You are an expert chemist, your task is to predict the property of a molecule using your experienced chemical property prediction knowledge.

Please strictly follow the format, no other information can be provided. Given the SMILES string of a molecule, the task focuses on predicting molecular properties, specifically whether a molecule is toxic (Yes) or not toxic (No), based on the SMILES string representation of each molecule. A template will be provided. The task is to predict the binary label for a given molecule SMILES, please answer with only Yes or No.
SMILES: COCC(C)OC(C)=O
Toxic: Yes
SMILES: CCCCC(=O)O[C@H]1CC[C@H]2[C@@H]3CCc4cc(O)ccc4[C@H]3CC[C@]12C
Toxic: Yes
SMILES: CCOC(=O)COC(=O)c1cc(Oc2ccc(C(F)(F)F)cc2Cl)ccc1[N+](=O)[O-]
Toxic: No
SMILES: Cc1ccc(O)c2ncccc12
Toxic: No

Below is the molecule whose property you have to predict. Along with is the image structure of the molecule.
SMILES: COP(=S)(OC)Oc1ccc(Sc2ccc(OP(=S)(OC)OC)cc2)cc1
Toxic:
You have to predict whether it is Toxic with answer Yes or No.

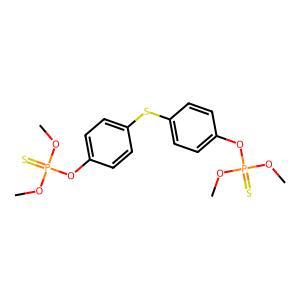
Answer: No